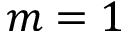
m = 1